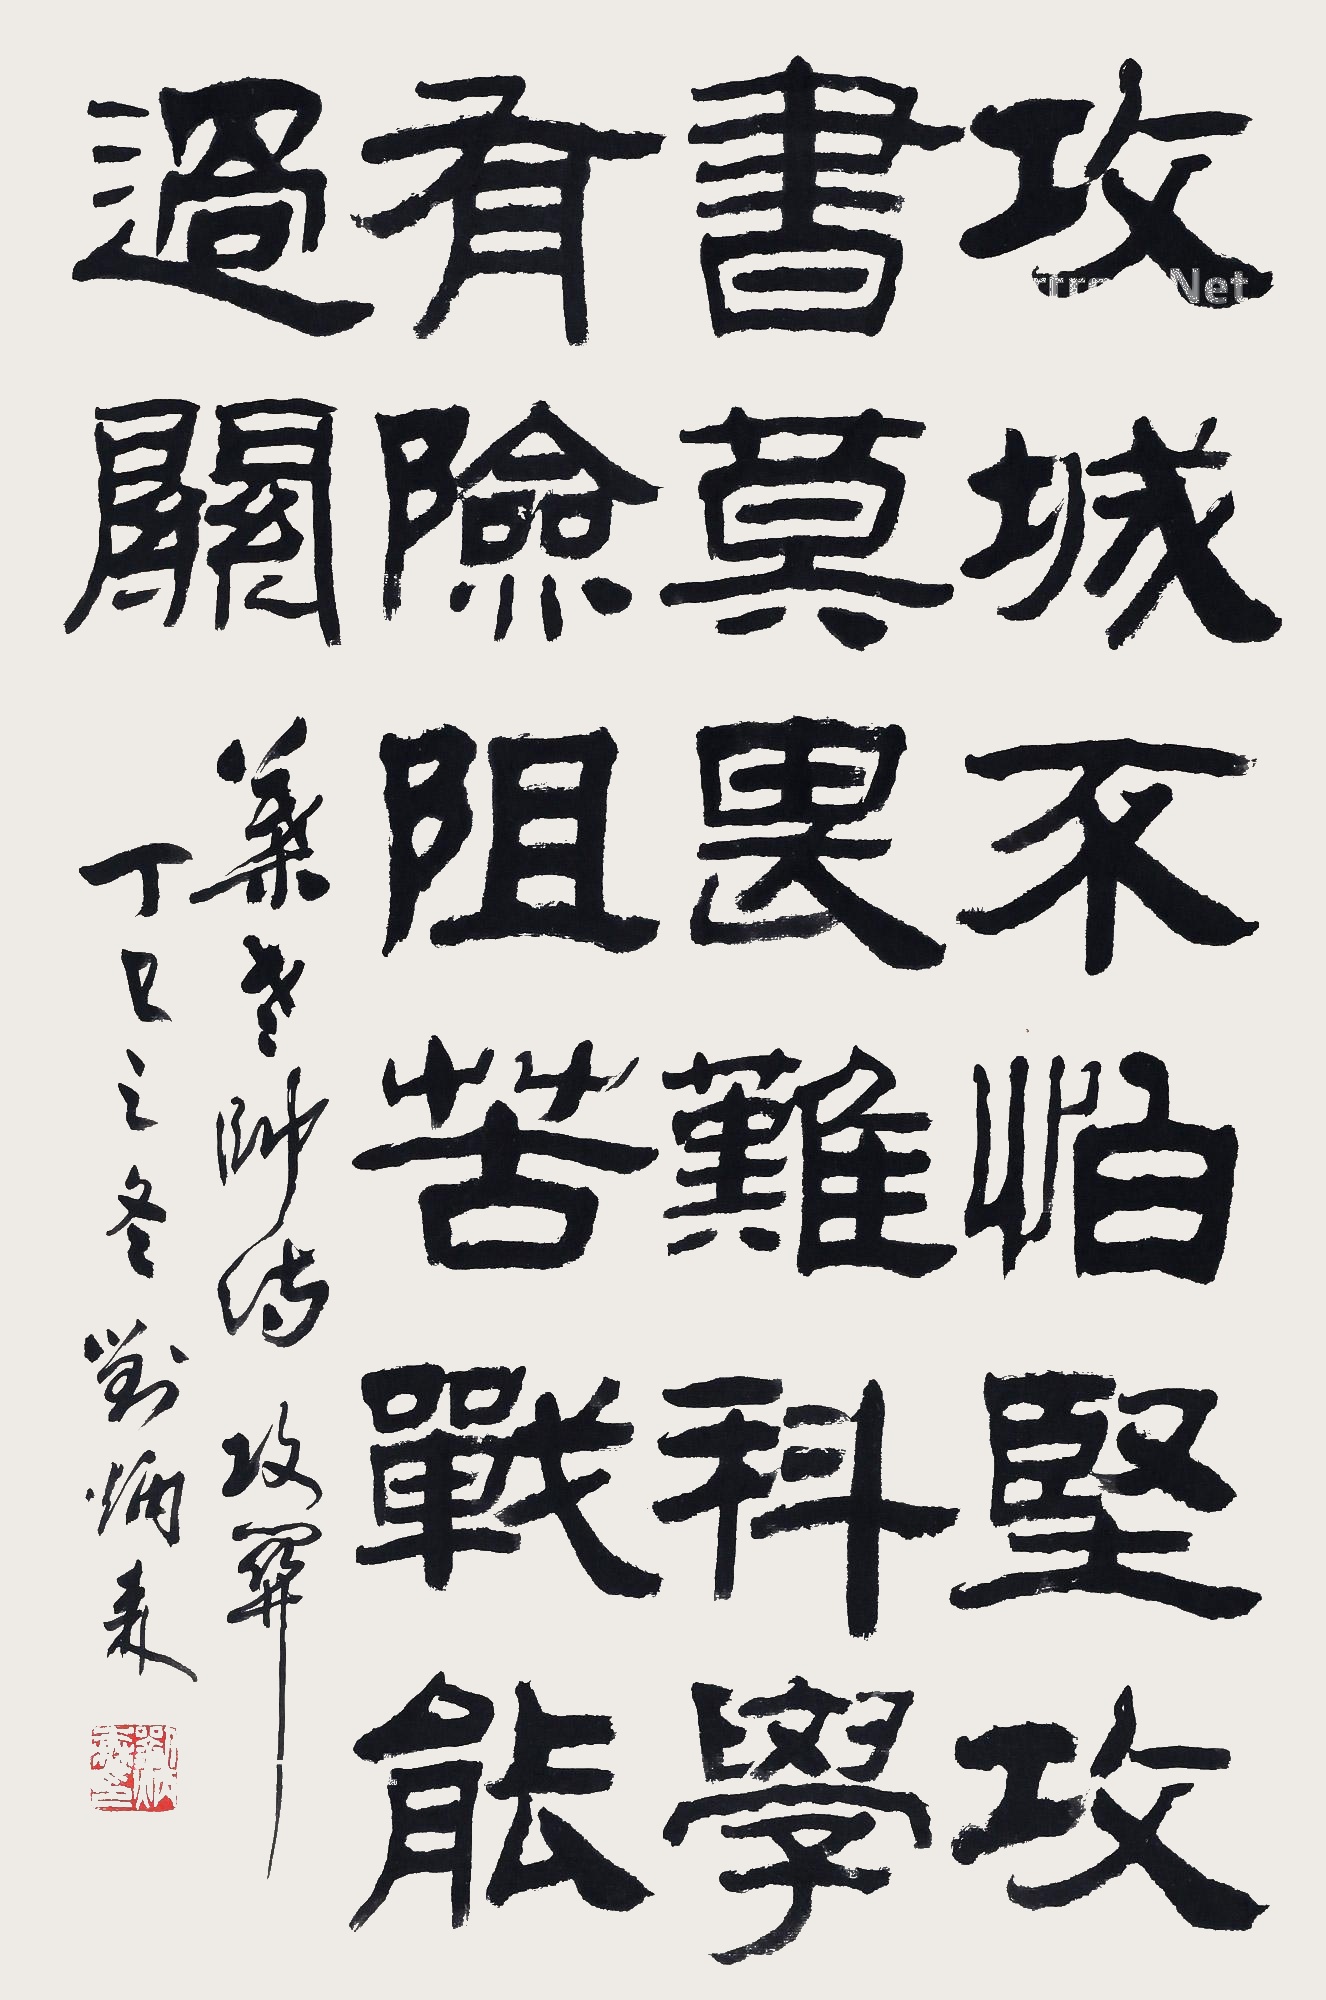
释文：攻城不怕坚，改书莫为难。科学有险阴，苦战能过关。叶元帅诗攻关。丁巳之冬刘炳森。